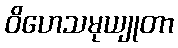
ဝိဟေသမုယျုတာ